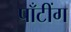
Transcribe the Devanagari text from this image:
पाँटींग